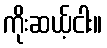
ကိုးဆယ့်ငါး။